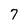
Character: 7